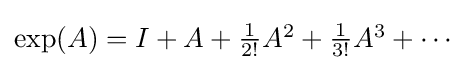
{\textstyle \exp(A)=I+A+{\frac {1}{2!}}A^{2}+{\frac {1}{3!}}A^{3}+\cdots }